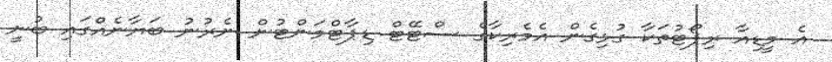
އެ މީޑިއާ ރިޕޯޓުތަކާ ގުޅިގެން އެމެރިކާގެ ސްޓޭޓް ޑިޕާޓްމަންޓުން ނެރުނު ބަޔާނެއްގައި ބުނީ